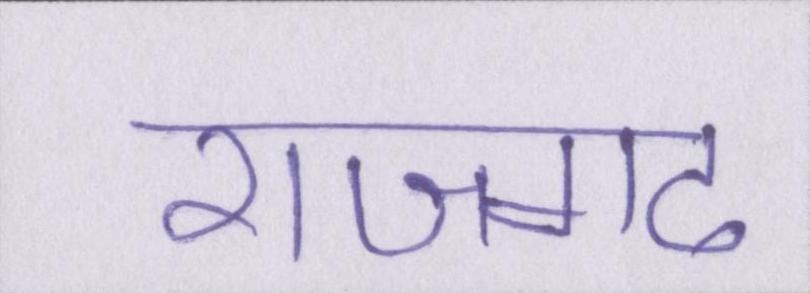
राजगढ